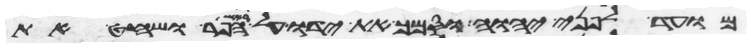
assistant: מועד לפני יהוה וסמך את ידו על ראש הפר ושחט את